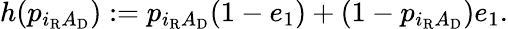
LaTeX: \begin{array}{r}{h(p_{i_{\mathrm{R}}A_{\mathrm{D}}}):=p_{i_{\mathrm{R}}A_{\mathrm{D}}}(1-e_{1})+(1-p_{i_{\mathrm{R}}A_{\mathrm{D}}})e_{1}.}\end{array}